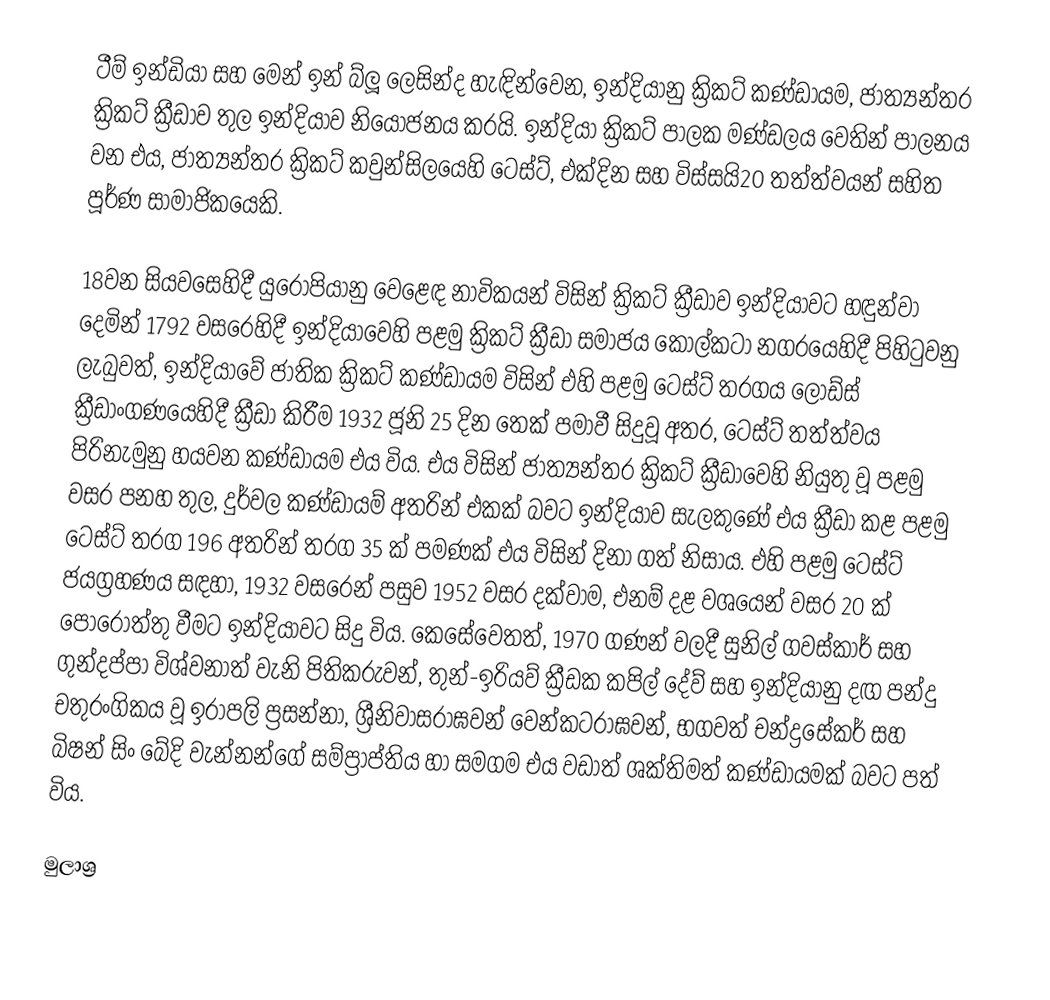
ටීම් ඉන්ඩියා සහ මෙන් ඉන් බ්ලූ ලෙසින්ද හැඳින්වෙන, ඉන්දියානු ක්‍රිකට් කණ්ඩායම, ජාත්‍යන්තර ක්‍රිකට් ක්‍රීඩාව තුල ඉන්දියාව නියෝජනය කරයි. ඉන්දියා ක්‍රිකට් පාලක මණ්ඩලය වෙතින් පාලනය වන එය, ජාත්‍යන්තර ක්‍රිකට් කවුන්සිලයෙහි ටෙස්ට්, එක්දින සහ විස්සයි20 තත්ත්වයන් සහිත පූර්ණ සාමාජිකයෙකි.

18වන සියවසෙහිදී යුරෝපියානු වෙළෙඳ නාවිකයන් විසින් ක්‍රිකට් ක්‍රීඩාව ඉන්දියාවට හඳුන්වා දෙමින් 1792 වසරෙහිදී ඉන්දියාවෙහි පළමු ක්‍රිකට් ක්‍රීඩා සමාජය කොල්කටා නගරයෙහිදී පිහිටුවනු ලැබුවත්, ඉන්දියාවේ ජාතික ක්‍රිකට් කණ්ඩායම විසින් එහි පළමු ටෙස්ට් තරගය ලෝඩ්ස් ක්‍රීඩාංගණයෙහිදී ක්‍රීඩා කිරීම 1932 ජූනි 25 දින තෙක් පමාවී සිදුවූ අතර, ටෙස්ට් තත්ත්වය පිරිනැමුනු හයවන කණ්ඩායම එය විය. එය විසින් ජාත්‍යන්තර ක්‍රිකට් ක්‍රීඩාවෙහි නියුතු වූ පළමු වසර පනහ තුල, දුර්වල කණ්ඩායම් අතරින් එකක් බවට ඉන්දියාව සැලකුණේ එය ක්‍රීඩා කළ පළමු ටෙස්ට් තරග 196 අතරින් තරග 35 ක් පමණක් එය විසින් දිනා ගත් නිසාය. එහි පළමු ටෙස්ට් ජයග්‍රහණය සඳහා, 1932 වසරෙන් පසුව  1952 වසර දක්වාම, එනම් දළ වශයෙන් වසර 20 ක් පොරොත්තු වීමට ඉන්දියාවට සිදු විය. කෙසේවෙතත්, 1970 ගණන් වලදී සුනිල් ගවස්කාර් සහ ගුන්දප්පා විශ්වනාත් වැනි පිතිකරුවන්, තුන්-ඉරියව් ක්‍රීඩක කපිල් දේව් සහ ඉන්දියානු දඟ පන්දු චතුරංගිකය වූ ඉරාපලි ප්‍රසන්නා, ශ්‍රීනිවාසරාඝවන් වෙන්කටරාඝවන්, භගවත් චන්ද්‍රසේකර් සහ බිෂන් සිං බේදි වැන්නන්ගේ සම්ප්‍රාප්තිය හා සමගම එය වඩාත් ශක්තිමත් කණ්ඩායමක් බවට පත් විය.

මුලාශ්‍ර